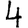
Digit: 4